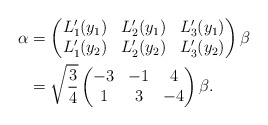
\begin{align*} \alpha &= \begin{pmatrix} L_1'(y_1) & L_2'(y_1) & L_3'(y_1) \\ L_1'(y_2) & L_2'(y_2) & L_3'(y_2) \end{pmatrix} \beta \\ &= \sqrt{\frac34}\begin{pmatrix} -3 & -1 & 4 \\ 1 & 3 & -4 \end{pmatrix}\beta.\end{align*}